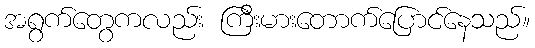
အရွက်တွေကလည်း ကြီးမားတောက်ပြောင်နေသည်။